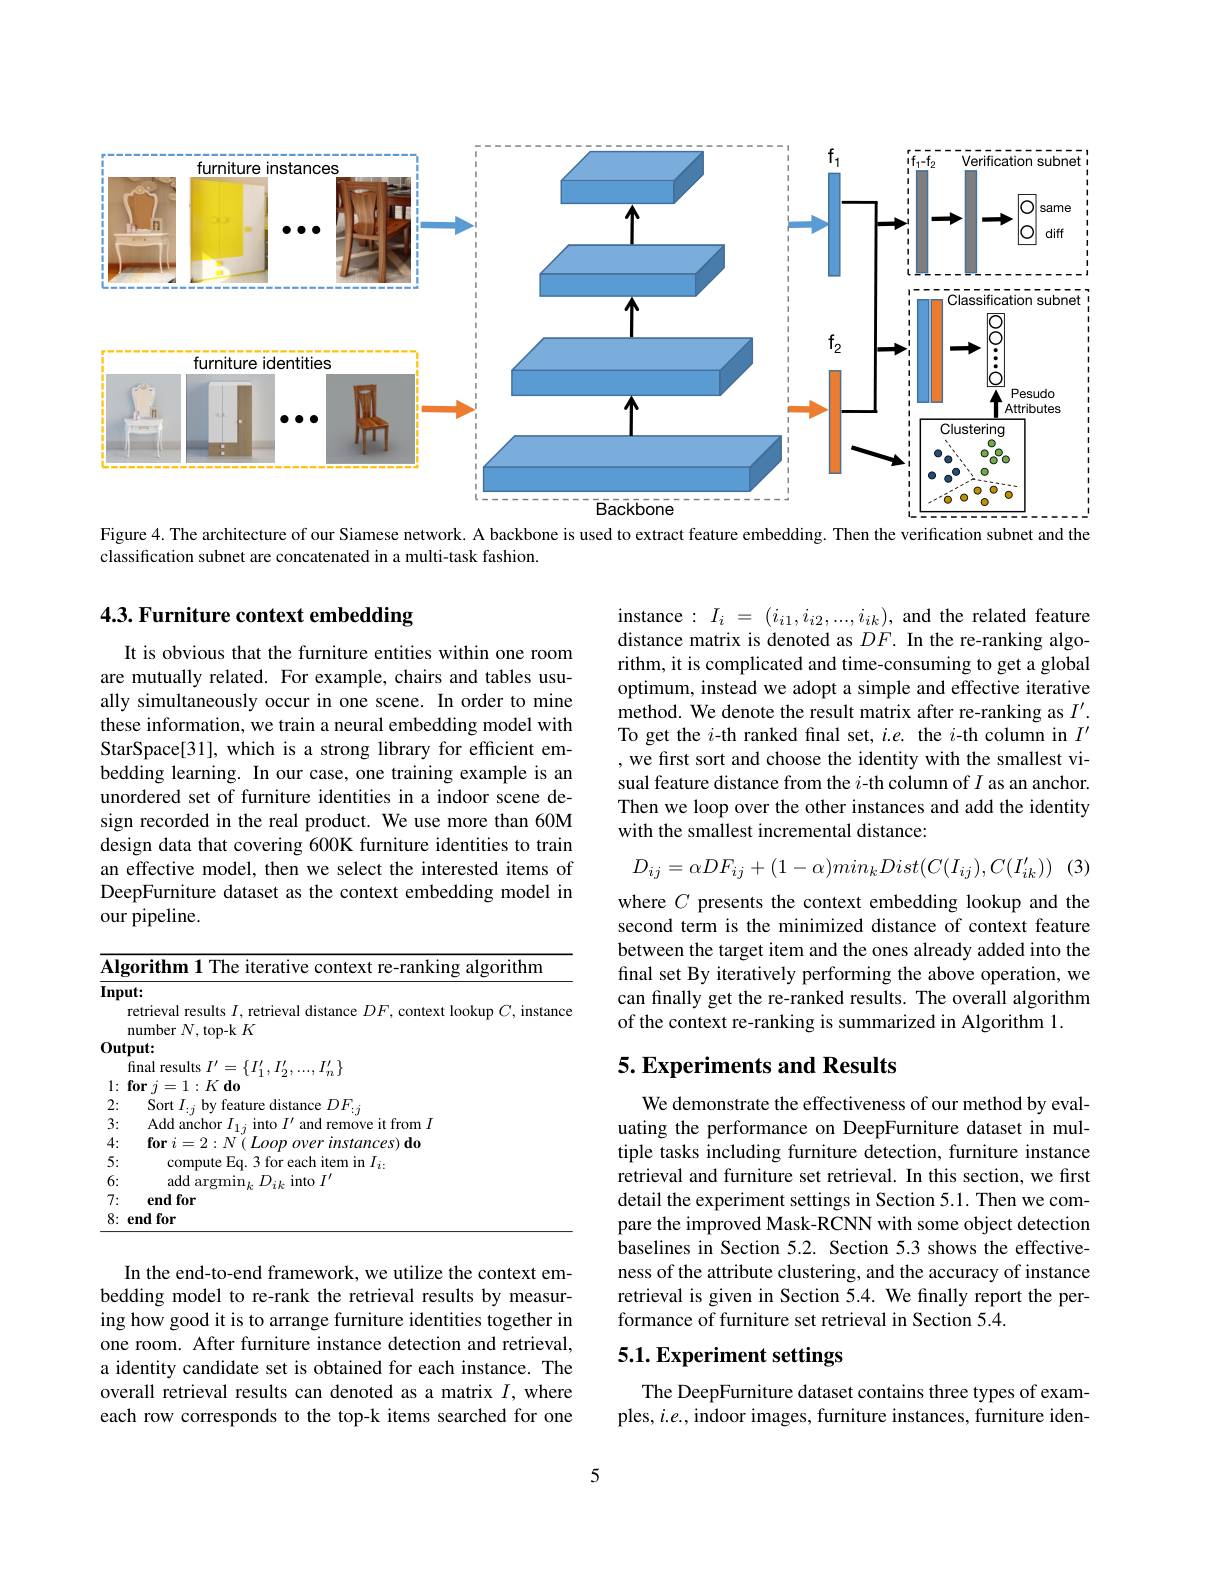
<FigureHere>

Figure 4. The architecture of our Siamese network. A backbone is used to extract feature embedding. Then the verification subnet and the

classification subnet are concatenated in a multi-task fashion.

## 4.3. Furniture context embedding

instance: $I_i~=~(i_{i1},i_{i2},...,i_{ik})$, and the related feature distance matrix is denoted as $DF.$ In the re-ranking algorithm, it is complicated and time-consuming to get a global optimum, instead we adopt a simple and effective iterative method. We denote the result matrix after re-ranking as $I^{\prime}.$ To get the $i$-th ranked final set, $i.e.$ the $i$-th column in $I^{\prime}$ ,we first sort and choose the identity with the smallest visual feature distance from the $i$-th column of $I$ as an anchor. Then we loop over the other instances and add the identity with the smallest incremental distance:

It is obvious that the furniture entities within one room are mutually related. For example, chairs and tables usually simultaneously occur in one scene. In order to mine these information, we train a neural embedding model with StarSpace[31], which is a strong library for efficient embedding learning. In our case, one training example is an unordered set of furniture identities in a indoor scene design recorded in the real product. We use more than 60M design data that covering 600K furniture identities to train an effective model, then we select the interested items of DeepFurniture dataset as the context embedding model in our pipeline.
$$D_{ij}=\alpha DF_{ij}+(1-\alpha)min_{k}Dist(C(I_{ij}),C(I_{ik}'))$$
(3)

where $C$ presents the context embedding lookup and the second term is the minimized distance of context feature between the target item and the ones already added into the final set By iteratively performing the above operation, we can finally get the re-ranked results. The overall algorithm of the context re-ranking is summarized in Algorithm 1.

## 5. Experiments and Results

<table>
	<tbody>
		<tr>
			<td>$\overline{\mathbf{AI}};$</td>
			<td>gorithm</td>
		</tr>
		<tr>
			<td>InF</td>
			<td>it: retrieval results $I$, retrieval distance $DF$, context lookup $C$, instance number $N$,top-k $K$</td>
		</tr>
		<tr>
			<td> </td>
			<td>$\Lambda$ $\mathbf{u}\mathbf{0}$ C</td>
		</tr>
		<tr>
			<td>3: - </td>
			<td>Add anchor into 11/4 and remove it from $I$</td>
		</tr>
		<tr>
			<td>4:</td>
			<td>$\operatorname{for}i=2\cdot N$ $instances)$ $do$</td>
		</tr>
		<tr>
			<td>5: - </td>
			<td>tor $\textbf{item in }I_{i}.$ com</td>
		</tr>
		<tr>
			<td>6:</td>
			<td>add argmin$_kD_{ik}$ into $I^{\prime}$</td>
		</tr>
		<tr>
			<td>7: -</td>
			<td>end for</td>
		</tr>
		<tr>
			<td>8: - K T T T</td>
			<td>end for</td>
		</tr>
	</tbody>
</table>

We demonstrate the effectiveness of our method by evaluating the performance on DeepFurniture dataset in multiple tasks including furniture detection, furniture instance retrieval and furniture set retrieval. In this section, we first detail the experiment settings in Section 5.1. Then we compare the improved Mask-RCNN with some object detection baselines in Section 5.2. Section 5.3 shows the effectiveness of the attribute clustering, and the accuracy of instance retrieval is given in Section 5.4. We finally report the performance of furniture set retrieval in Section 5.4.

In the end-to-end framework, we utilize the context embedding model to re-rank the retrieval results by measuring how good it is to arrange furniture identities together in one room. After furniture instance detection and retrieval, a identity candidate set is obtained for each instance. The overall retrieval results can denoted as a matrix $I$, where each row corresponds to the top-k items searched for one

## 5.1. Experiment settings

The DeepFurniture dataset contains three types of examples, $i.e.$, indoor images, furniture instances, furniture iden-

5